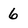
Character: 6